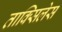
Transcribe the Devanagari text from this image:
ताक्सिलेस